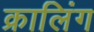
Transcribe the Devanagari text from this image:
क्रालिंग